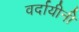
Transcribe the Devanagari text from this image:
वर्दायीनी